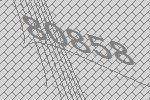
80858